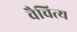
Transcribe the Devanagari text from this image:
वैचित्य